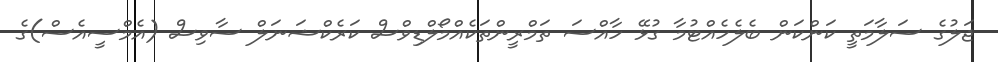
ޖަލުގެ ސަލާމަތީ ކަންކަން ބެލެހެއްޓުމާ ގުޅޭ ހާއްސަ ތަމްރީންތަކެއްމޯލްޑިވްސް ކަރެކްޝަނަލް ސާވިސް (އެމްސީއެސް)ގެ